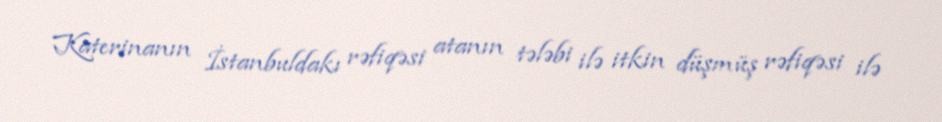
Katerinanın İstanbuldakı rəfiqəsi atanın tələbi ilə itkin düşmüş rəfiqəsi ilə